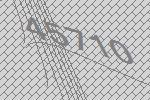
45710